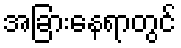
အခြားနေရာတွင်